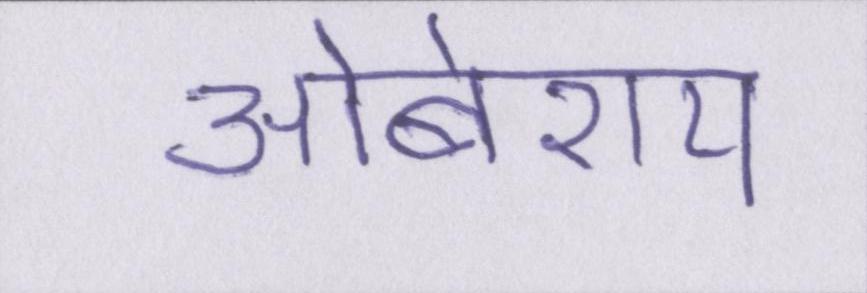
ओबेराय